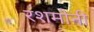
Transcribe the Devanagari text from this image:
रशमोनी